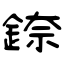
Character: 錼